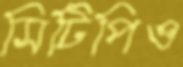
সিটিপিও